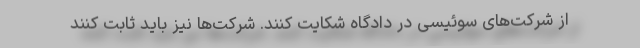
از شرکت‌های سوئیسی در دادگاه شکایت کنند. شرکت‌ها نیز باید ثابت کنند